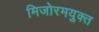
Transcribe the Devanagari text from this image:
मिजोरमयुक्त